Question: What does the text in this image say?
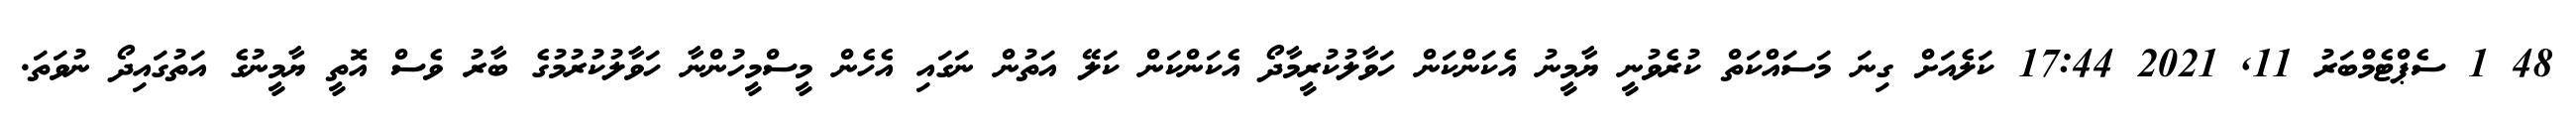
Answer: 48 1 ސެޕްޓެމްބަރު 11, 2021 17:44 ކަލެއަށް ގިނަ މަސައްކަތް ކުރެވުނީ ޔާމީނު އެކަންކަން ހަވާލުކުރީމާދޯ އެކަންކަން ކަލޭ އަތުން ނަގައި އެހެން މީސްމީހުންނާ ހަވާލުކުރުމުގެ ބާރު ވެސް އޮތީ ޔާމީނުގެ އަތުގައިދޯ ނުވަތަ.